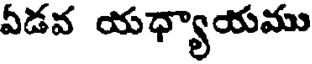
ఏడవ యధ్యాయము